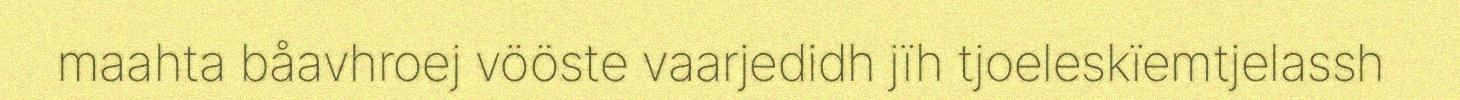
maahta båavhroej vööste vaarjedidh jïh tjoeleskïemtjelassh